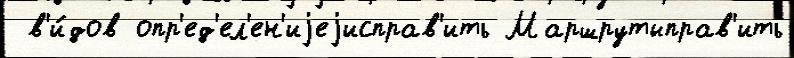
 в'и́дов опр'ед'ел'ен'иjеjисправ'ить Маршрутыправ'ить